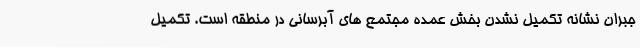
جبران نشانه تکمیل نشدن بخش عمده مجتمع های آبرسانی در منطقه است. تکمیل